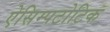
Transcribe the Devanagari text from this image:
ऐसिम्पटोटिक